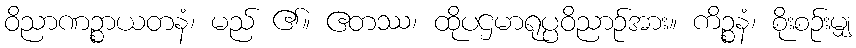
ဝိညာဏဉ္စာယတနံ၊ မည် ၏။ ဧတဿ၊ ထိုပဌမာရုပ္ပဝိညာဉ်အား။ ကိဉ္စနံ၊ စိုးစဉ်းမျှ